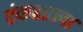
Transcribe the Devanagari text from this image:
टंकशाला